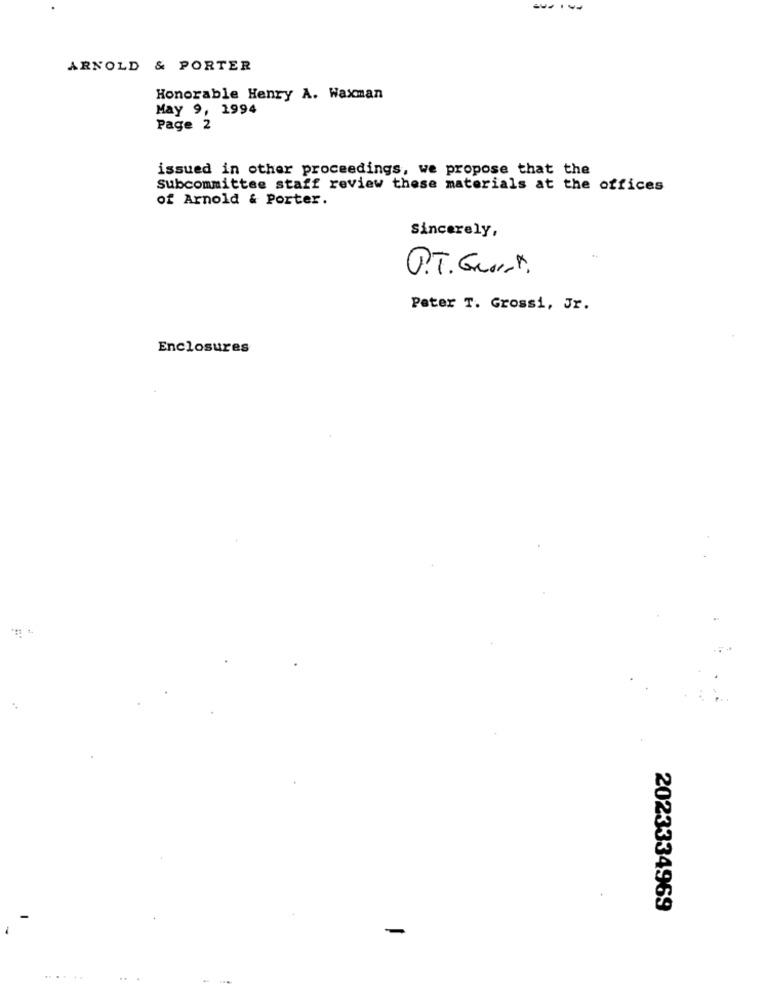
ARNOLD & PORTER
Honorable Henry A. Waxman
May 9, 1994
Page 2
issued in other proceedings, we propose that the
Subcommittee staff review these materials at the offices
of Arnold & Porter.
Sincerely,
P.T. Geor.
Peter T. Grossi, Jr.
Enclosures
2023334969
-